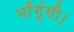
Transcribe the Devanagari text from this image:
माँगूंगी।